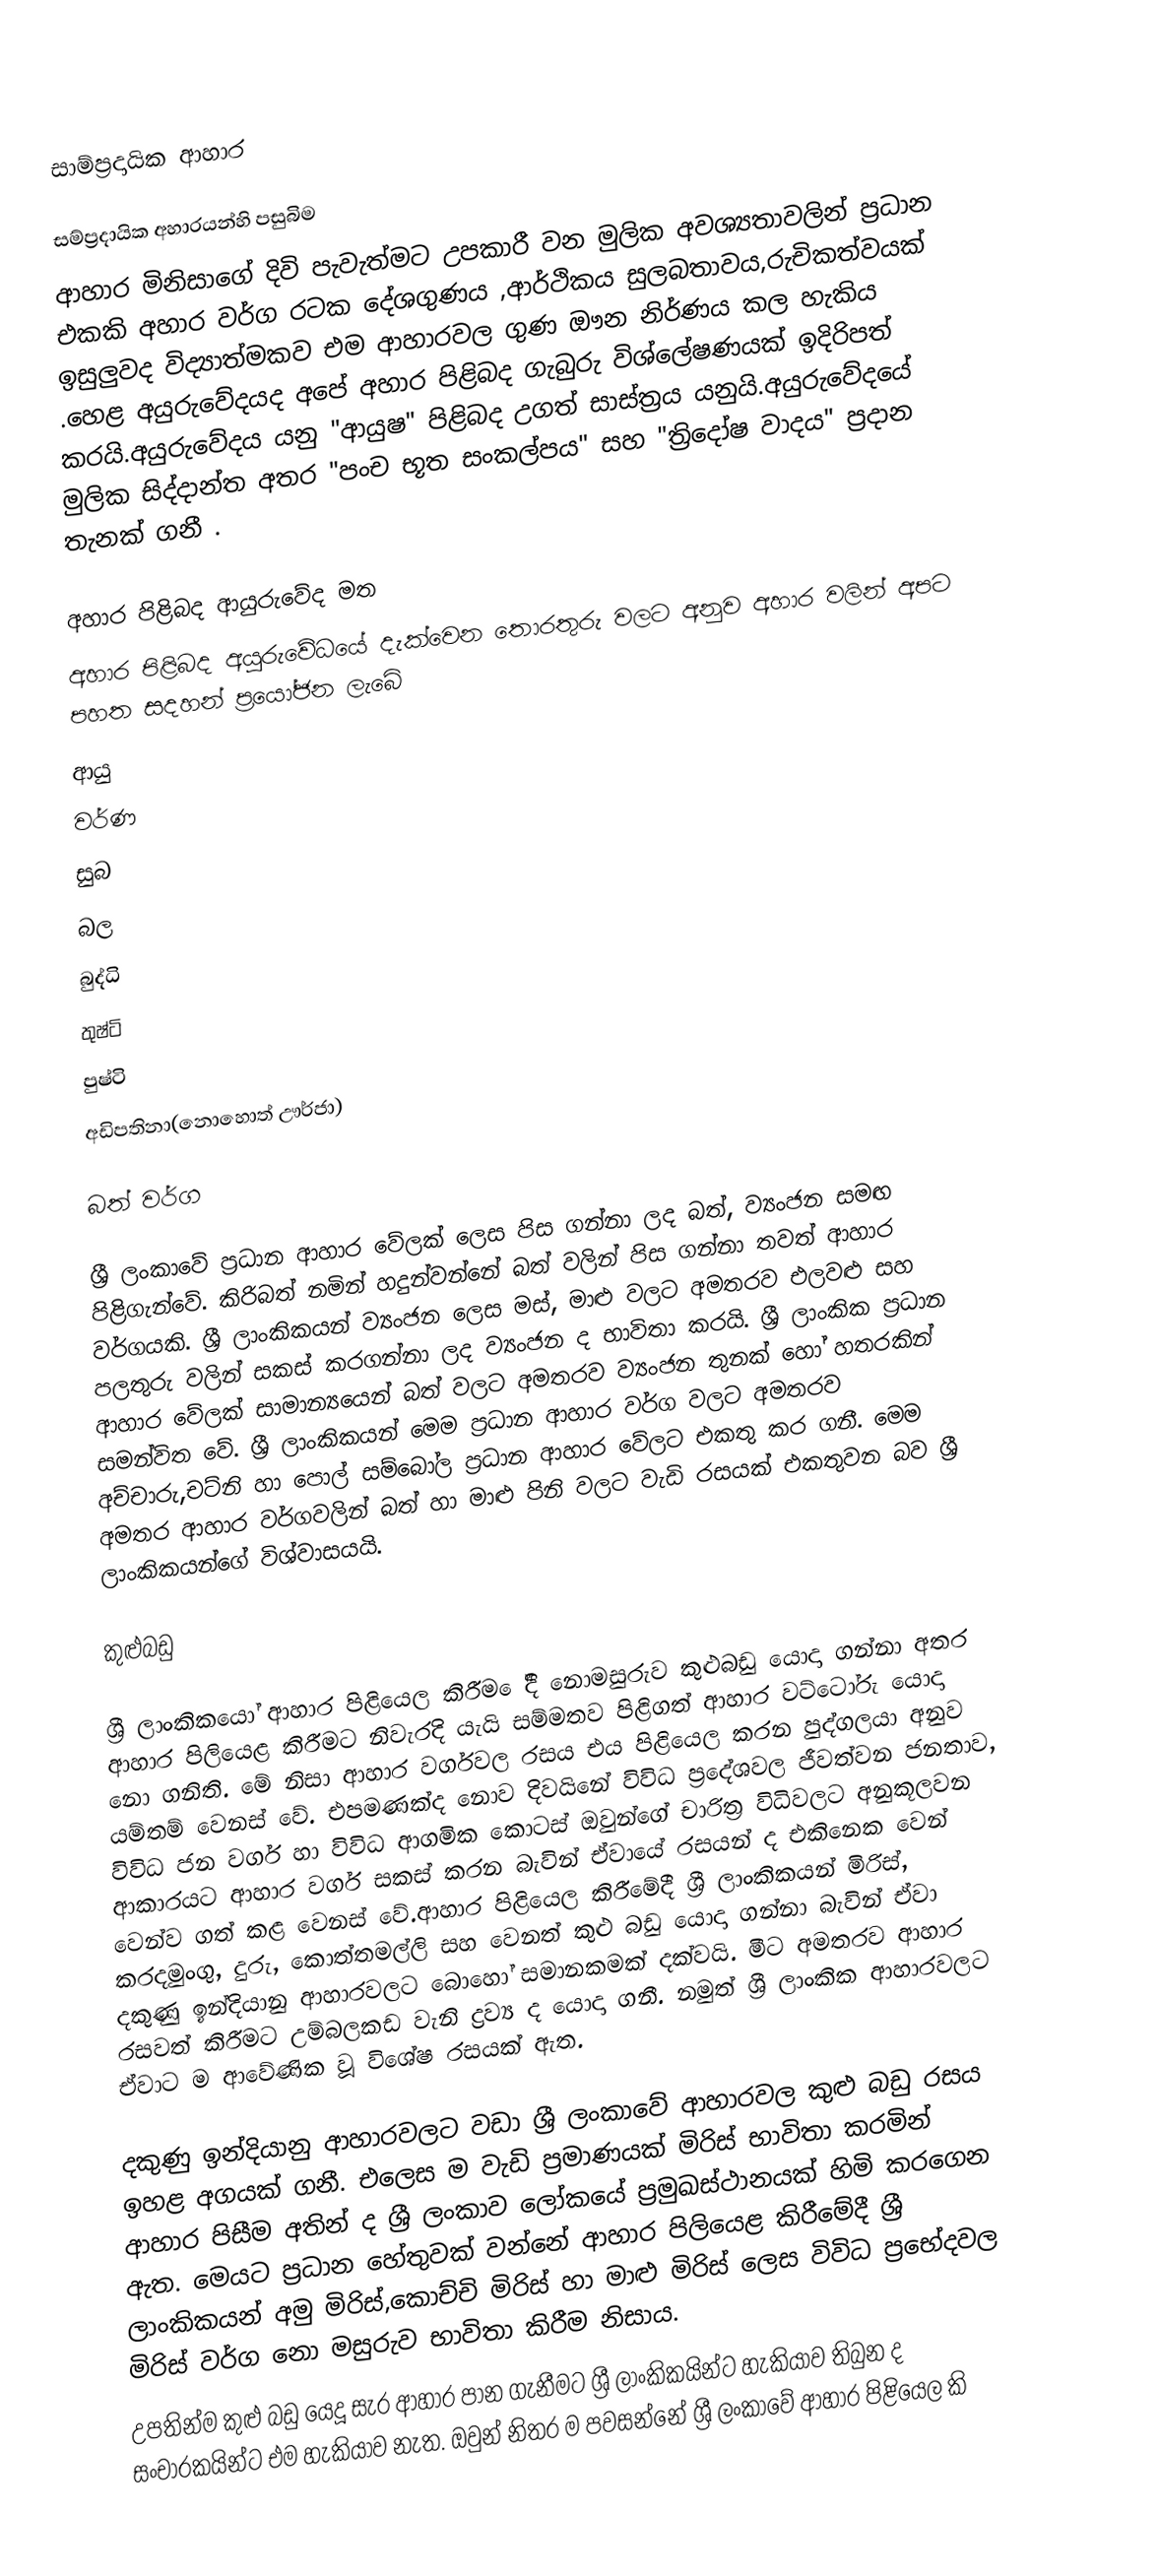

සාම්ප්‍රදායික ආහාර

සම්ප්‍රදායික අහාරයන්හි පසුබිම
ආහාර මිනිසාගේ දිවි පැවැත්මට උපකාරී වන මුලික අවශ්‍යතාවලින් ප්‍රධාන එකකි අහාර වර්ග රටක දේශගුණය ,ආර්ථිකය සුලබතාවය,රුචිකත්වයක් ඉසුලුවද විද්‍යාත්මකව එම ආහාරවල ගුණ ඖන නිර්ණය කල හැකිය .හෙළ අයුරුවේදයද අපේ අහාර පිළිබද ගැබුරු විශ්ලේෂණයක් ඉදිරිපත් කරයි.අයුරුවේදය යනු "ආයුෂ" පිළිබද උගත් සාස්ත්‍රය යනුයි.අයුරුවේදයේ මුලික සිද්දාන්ත අතර "පංච භූත සංකල්පය" සහ  "ත්‍රිදෝෂ වාදය"  ප්‍රදාන තැනක් ගනී .

අහාර පිළිබද ආයුරුවේද මත
අහාර පිළිබද අයුරුවේධයේ දැක්වෙන තොරතුරු වලට අනුව අහාර වලින් අපට පහත සදහන් ප්‍රයෝජන ලැබේ
 ආයු
 වර්ණ
 සුබ
 බල
 බුද්ධි
 තුෂ්ටි
 පුෂ්ටි
 අඩිපතිනා(නොහොත් ඌර්ජා)

බත් වර්ග

ශ්‍රී ලංකාවේ ප්‍රධාන ආහාර වේලක් ලෙස පිස ගන්නා ලද බත්, ව්‍යංජන සමඟ පිළිගැන්වේ. කිරිබත් නමින් හදුන්වන්නේ බත් වලින් පිස ගන්නා තවත් ආහාර වර්ගයකි. ශ්‍රී ලාංකිකයන් ව්‍යංජන ලෙස මස්, මාළු වලට අමතරව එලවළු සහ පලතුරු වලින් සකස් කරගන්නා ලද ව්‍යංජන ද භාවිතා කරයි. ශ්‍රී ලාංකික ප්‍රධාන ආහාර වේලක් සාමාන්‍යයෙන් බත් වලට අමතරව ව්‍යංජන තුනක් හෝ හතරකින් සමන්විත වේ. ශ්‍රී ලාංකිකයන් මෙම ප්‍රධාන ආහාර වර්ග වලට අමතරව අච්චාරු,චට්නි හා පොල් සම්බෝල ප්‍රධාන ආහාර වේලට එකතු කර ගනී. මෙම අමතර ආහාර වර්ගවලින් බත් හා මාළු පිනි වලට වැඩි රසයක් එකතුවන බව ශ්‍රී ලාංකිකයන්ගේ විශ්වාසයයි.

කුළුබඩු

ශ්‍රී ලාංකිකයෝ ආහාර පිළියෙල කිරීම ේදී නොමසුරුව කුළුබඩු යොදා ගන්නා අතර ආහාර පිලියෙළ කිරීමට නිවැරදි යැයි සම්මතව පිළිගත් ආහාර වට්ටෝරු යොදා නො ගනිති. මේ නිසා ආහාර වර්ගවල රසය එය පිළියෙල කරන පුද්ගලයා අනුව යම්තම් වෙනස් වේ. එපමණක්ද නොව දිවයිනේ විවිධ ප්‍රදේශවල ජීවත්වන ජනතාව, විවිධ ජන වර්ග හා විවිධ ආගමික කොටස් ඔවුන්ගේ චාරිත්‍ර විධිවලට අනුකූලවන ආකාරයට ආහාර වර්ග සකස් කරන බැවින් ඒවායේ රසයන් ද එකිනෙක වෙන් වෙන්ව ගත් කළ වෙනස් වේ.ආහාර පිළියෙල කිරීමේදී ශ්‍රී ලාංකිකයන් මිරිස්, කරදමුංගු, දුරු, කොත්තමල්ලි සහ වෙනත් කුළු බඩු යොදා ගන්නා බැවින් ඒවා දකුණු ඉන්දියානු ආහාරවලට බොහෝ සමානකමක් දක්වයි. මීට අමතරව ආහාර රසවත් කිරීමට උම්බලකඩ වැනි ද්‍රව්‍ය ද යොදා ගනී. නමුත් ශ්‍රී ලාංකික ආහාරවලට ඒවාට ම ආවේණික වූ විශේෂ රසයක් ඇත.

දකුණු ඉන්දියානු ආහාරවලට වඩා ශ්‍රී ලංකාවේ ආහාරවල කුළු බඩු රසය ඉහළ අගයක් ගනී. එලෙස ම වැඩි ප්‍රමාණයක් මිරිස් භාවිතා කරමින් ආහාර පිසීම අතින් ද ශ්‍රී ලංකාව ලෝකයේ ප්‍රමුඛස්ථානයක් හිමි කරගෙන ඇත. මෙයට ප්‍රධාන හේතුවක් වන්නේ ආහාර පිලියෙළ කිරීමේදී ශ්‍රී ලාංකිකයන් අමු මිරිස්,කොච්චි මිරිස් හා මාළු මිරිස් ලෙස විවිධ ප්‍රභේදවල මිරිස් වර්ග නො මසුරුව භාවිතා කිරීම නිසාය.
උපතින්ම කුළු බඩු යෙදූ සැර ආහාර පාන ගැනීමට ශ්‍රී ලාංකිකයින්ට හැකියාව තිබුන ද සංචාරකයින්ට එම හැකියාව නැත. ඔවුන් නිතර ම පවසන්නේ ශ්‍රී ලංකාවේ ආහාර පිළියෙල කි